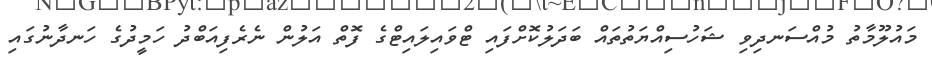
މައުލޫމާތު މުއްސަނދިވި ޝަހުސިއްޔަތުތައް ބަދަލުކޮށްފައި ޓްވައިލައިޓްގެ ފޮތް އަލުން ނެރެފިއަބްދު ހަމީދުގެ ހަނދާނުގައި